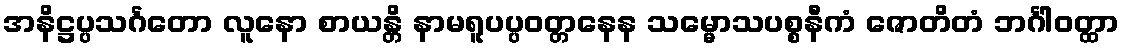
အနိဋ္ဌပ္ပသင်္ဂတော လူနော စာယန္တိ နာမရူပပ္ပဝတ္တနေန သမ္မောသပစ္စနီကံ ဇောတိတံ ဘင်္ဂါဝတ္ထာ